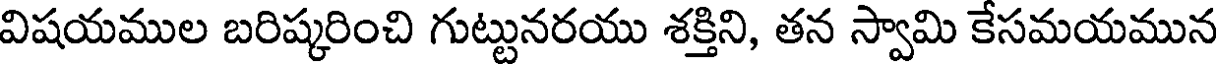
విషయముల బరిష్కరించి గుట్టునరయు శక్తిని, తన స్వామి కేసమయమున